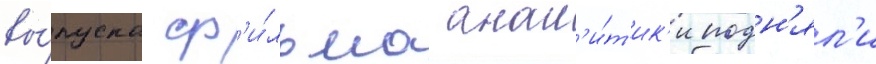
вы́пуска ф'и́льма анал'и́т'ик'и подн'ял'и